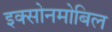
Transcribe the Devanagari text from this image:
इक्सोनमोबिल